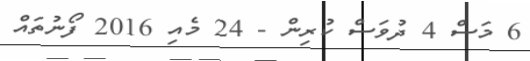
6 މަސް 4 ދުވަސް ކުރިން - 24 މެއި 2016 ފޯނުތައް